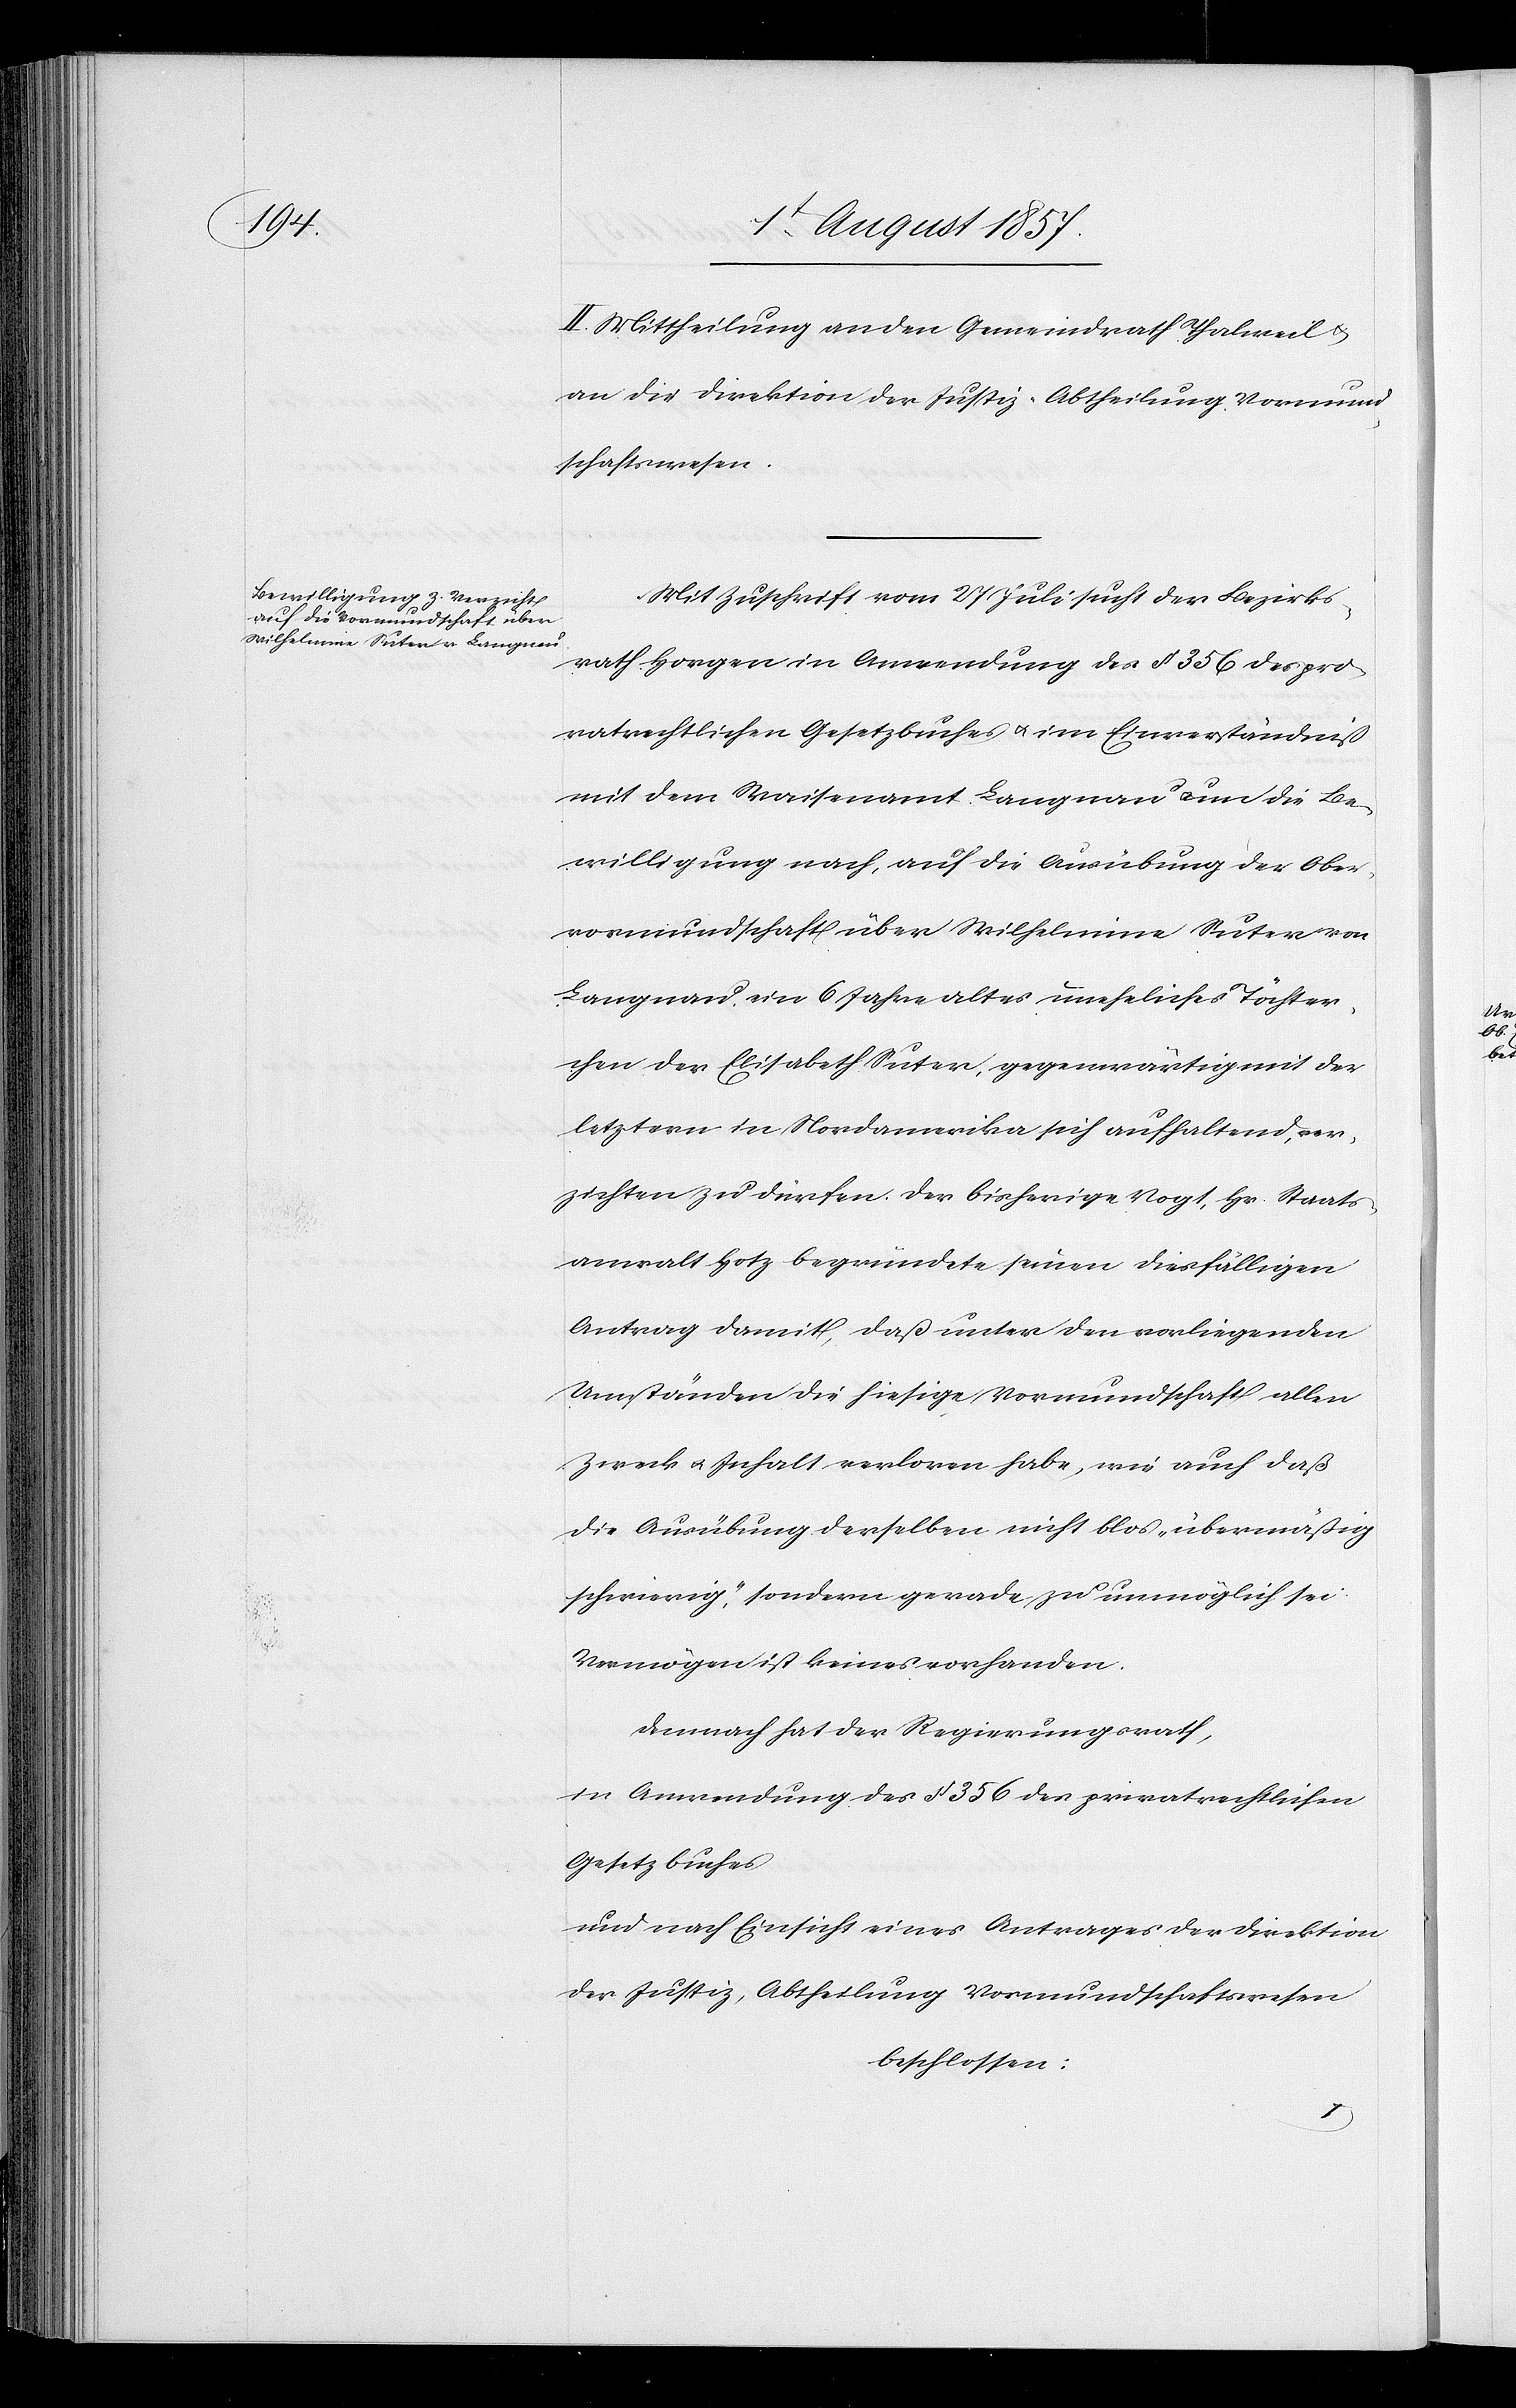
II. Mittheilung an den Gemeindrath Thalweil &
an die Direktion der Justiz, Abtheilung Vormund¬
schaftswesen.
Mit Zuschrift vom 27 Juli sucht der Bezirks¬
rath Horgen in Anwendung des § 356 des pri¬
vatrechtlichen Gesetzbuches & im Einverständniß
mit dem Waisenamt Langnau um die Be¬
willigung nach, auf die Ausübung der Ober¬
vormundschaft über Wilhelmina Suter von
Langnau ein 6 Jahre altes uneheliches Töchter¬
chen der Elisabetha Suter, gegenwärtig mit der
letztern in Nordamerika sich aufhaltend, ver¬
zichten zu dürfen. Der bisherige Vogt, Hr. Staats¬
anwalt Hotz begründete seinen diesfälligen
Antrag damit, daß unter den vorliegenden
Umständen die hiesige Vormundschaft aller
Zweck & Inhalt verloren habe, wie auch daß
die Ausübung derselben nicht blos „übermäßig
schwierig“, sondern gerade zu unmöglich sei.
Vermögen ist keines vorhanden.
Demnach hat der Regierungsrath,
in Anwendung des § 356 des privatrechtlichen
Gesetzbuches
und nach Einsicht eines Antrages der Direktion
der Justiz, Abtheilung Vormundschaftswesen
beschlossen: